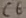
Text: C6